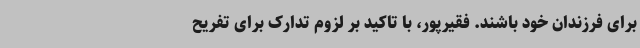
برای فرزندان خود باشند. فقیرپور، با تاکید بر لزوم تدارک برای تفریح